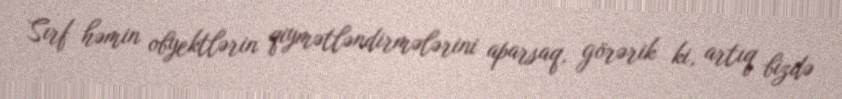
Sırf həmin obyektlərin qiymətləndirmələrini aparsaq, görərik ki, artıq bizdə